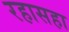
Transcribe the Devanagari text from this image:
रहासहा